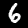
Label: 6